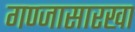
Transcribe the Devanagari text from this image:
गण्जासारखा